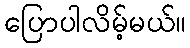
ပြောပါလိမ့်မယ်။